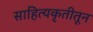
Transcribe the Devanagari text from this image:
साहित्यकृतीतून